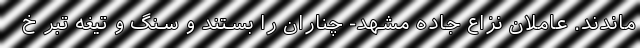
ماندند. عاملان نزاع جاده مشهد- چناران را بستند و سنگ و تیغه تبر خ